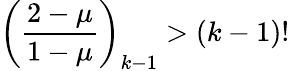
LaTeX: \left(\frac{2-\mu}{1-\mu}\right)_{k-1}>(k-1)!